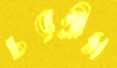
চরগ্রীস